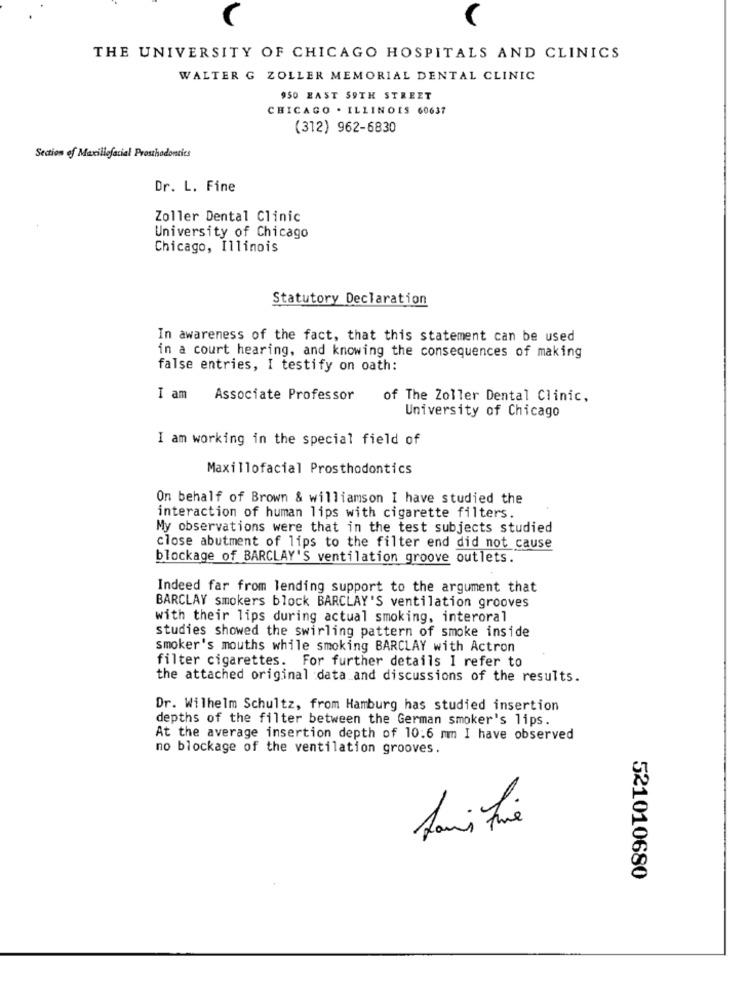
THE UNIVERSITY OF CHICAGO HOSPITALS AND CLINICS
WALTER G ZOLLER MEMORIAL DENTAL CLINIC
950 EAST S9TH STREET
CHICAGO . ILLINOIS 60637
(312) 962-6830
Section of Maxillofacial Prosthodontics
Dr. L. Fine
Zoller Dental Clinic
University of Chicago
Chicago, Illinois
Statutory Declaration
In awareness of the fact, that this statement can be used
in a court hearing, and knowing the consequences of making
false entries, I testify on oath:
I am
Associate Professor
of The Zoller Dental Clinic,
University of Chicago
I am working in the special field of
Maxillofacial Prosthodontics
On behalf of Brown & williamson I have studied the
interaction of human lips with cigarette filters.
My observations were that in the test subjects studied
close abutment of lips to the filter end did not cause
blockage of BARCLAY'S ventilation groove outlets.
Indeed far from lending support to the argument that
BARCLAY smokers block BARCLAY'S ventilation grooves
with their lips during actual smoking, interoral
studies showed the swirling pattern of smoke inside
smoker's mouths while smoking BARCLAY with Actron
filter cigarettes. For further details I refer to
the attached original :data and discussions of the results.
Dr. Wilhelm Schultz, from Hamburg has studied insertion
depths of the filter between the German smoker's lips.
At the average insertion depth of 10.6 mm I have observed
no blockage of the ventilation grooves.
521010680